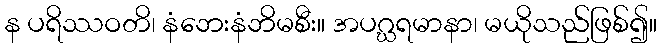
န ပရိဿဝတိ၊ နံဘေးနံဘိမစီး။ အပဂ္ဃရမာနာ၊ မယိုသည်ဖြစ်၍။